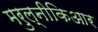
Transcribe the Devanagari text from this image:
मरुल्नीकिआर